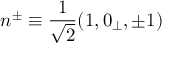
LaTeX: n ^ { \pm } \equiv \frac { 1 } { \sqrt { 2 } } ( 1 , 0 _ { \perp } , \pm 1 )